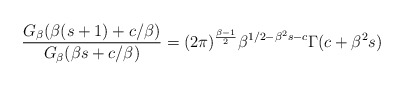
\begin{align*}\frac{G_{\beta}(\beta(s+1)+c/\beta)}{G_{\beta}(\beta s+c/\beta)}=(2\pi)^{\frac{\beta-1}{2}}\beta^{1/2-\beta^{2}s-c}\Gamma(c+\beta^{2}s)\end{align*}